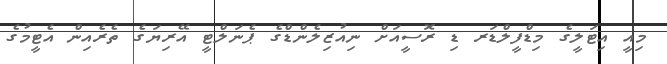
މިއީ އިޓަލީގެ މިޑްފީލްޑަރ ޑި ރޮސީއަށް ނިއުޒިލެންޑްގެ ޕެނަލްޓީ އޭރިޔަގެ ތެރެއިން އެޓީމުގެ